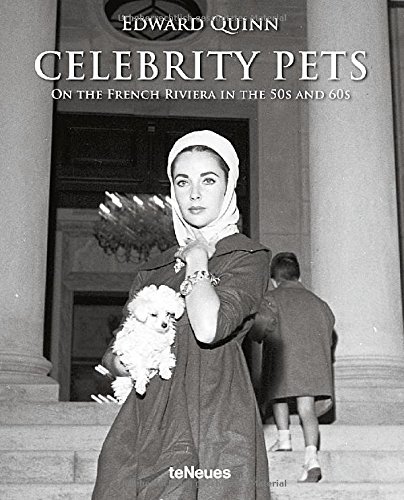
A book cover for Celebrity Pets; Arts & Photography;